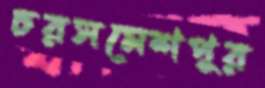
চরসমেশপুর